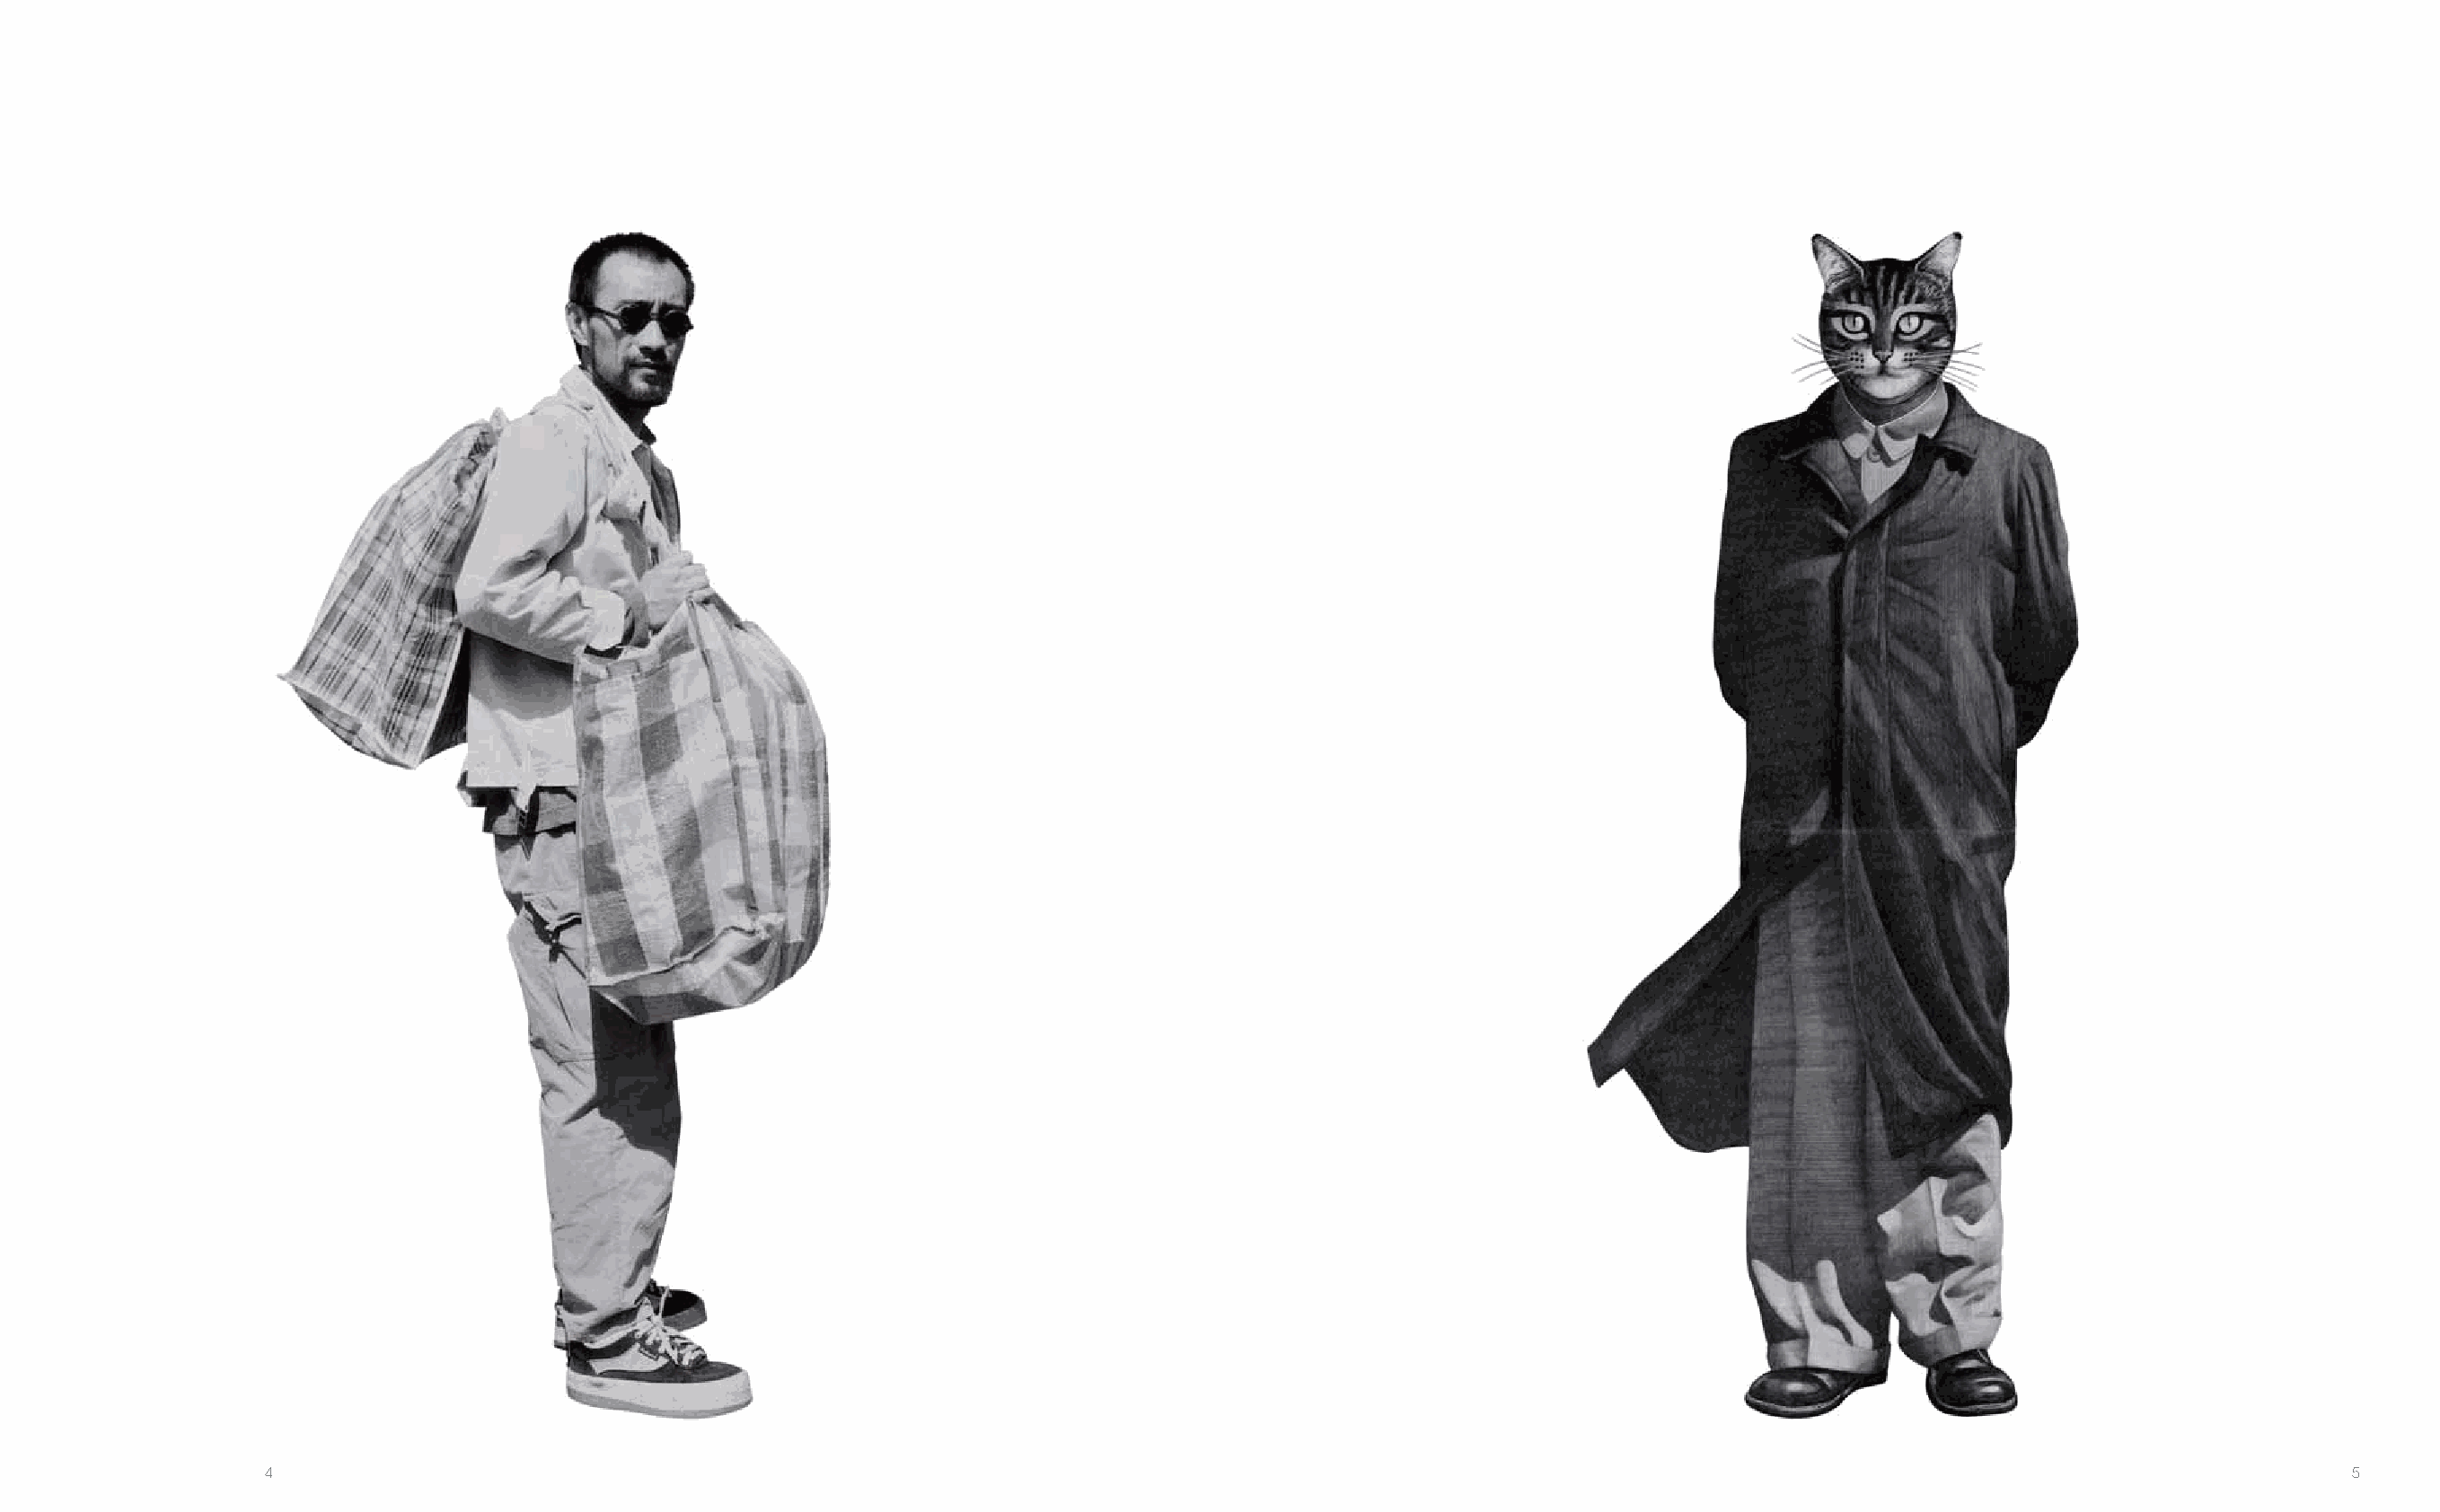
4                                                                                                                                                        5